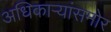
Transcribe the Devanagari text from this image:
अधिकाऱ्यांसमोर